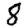
Digit: 8